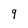
Character: 9